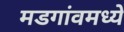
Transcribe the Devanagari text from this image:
मडगांवमध्ये